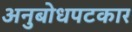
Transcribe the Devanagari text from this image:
अनुबोधपटकार